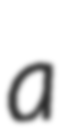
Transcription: a